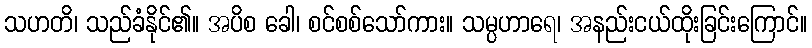
သဟတိ၊ သည်ခံနိုင်၏။ အပိစ ခေါ၊ စင်စစ်သော်ကား။ သမ္ပဟာရေ၊ အနည်းငယ်ထိုးခြင်းကြောင်။